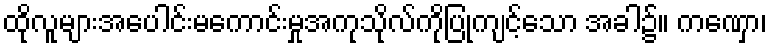
ထိုလူများအပေါင်းမကောင်းမှုအကုသိုလ်ကိုပြုကျင့်သော အခါ၌။ ကဏှော၊